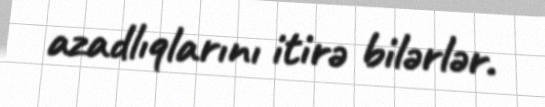
azadlıqlarını itirə bilərlər.